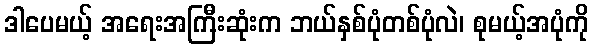
ဒါပေမယ့် အရေးအကြီးဆုံးက ဘယ်နှစ်ပုံတစ်ပုံလဲ၊ စုမယ့်အပုံကို